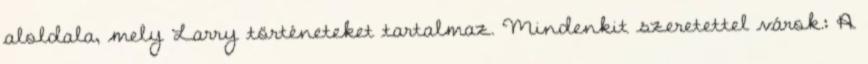
aloldala, mely Larry történeteket tartalmaz. Mindenkit szeretettel várok.: A